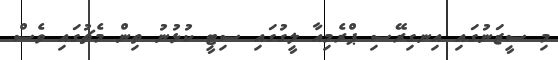
މި ސީޒަނުގައި އިނގިރޭސި ޕްރެމިއާ ލީގުގައި ސިޓީ ކުޅުނު ތިން މެޗުގައި ވެސް